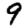
Digit: 9